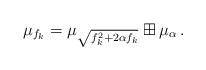
LaTeX: \begin{align*}\mu_{f_k}=\mu_{\sqrt{f_k^2+2\alpha f_k}}\boxplus\mu_\alpha\,.\end{align*}